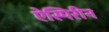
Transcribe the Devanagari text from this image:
ऐस्पिरीन